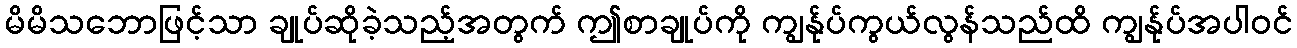
မိမိသဘောဖြင့်သာ ချုပ်ဆိုခဲ့သည့်အတွက် ဤစာချုပ်ကို ကျွန်ုပ်ကွယ်လွန်သည်ထိ ကျွန်ုပ်အပါဝင်